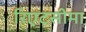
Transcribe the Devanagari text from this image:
रिएटसीमा